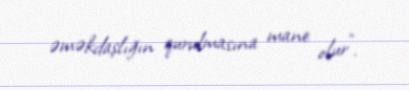
əməkdaşlığın qurulmasına mane olur”.